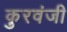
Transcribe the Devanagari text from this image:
कुरवंजी